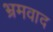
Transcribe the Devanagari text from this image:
भ्रमवाद